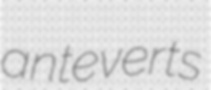
anteverts